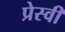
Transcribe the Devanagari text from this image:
प्रेस्वी